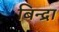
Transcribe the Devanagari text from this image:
बिन्द्रा